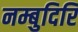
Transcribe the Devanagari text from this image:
नम्बुदिरि